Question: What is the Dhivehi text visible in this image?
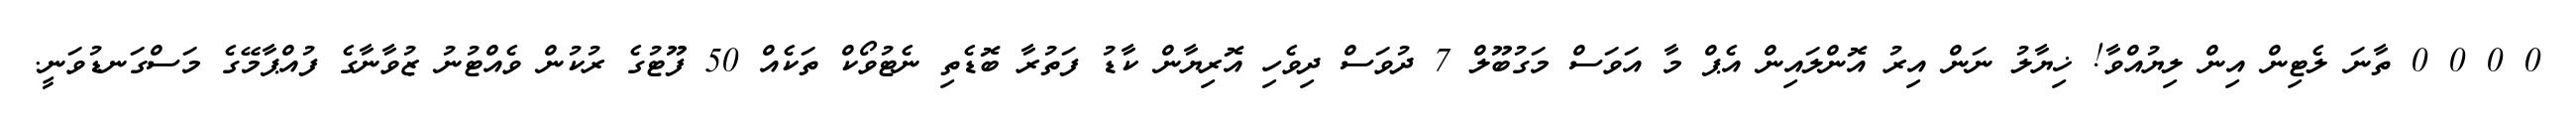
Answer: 0 0 0 0 ތާނަ ލެޓިން އިން ލިޔުއްވާ! ޚިޔާލު ނަން އިރު އޮންލައިން އެޕް މާ އަވަސް މަގުބޫލް 7 ދުވަސް ދިވެހި އޮރިޔާން ކާޑު ފަތުރާ ބޮޑެތި ނެޓުވޯކް ތަކެއް 50 ފޫޓުގެ ރުކުން ވެއްޓުނު ޒުވާނާގެ ފުއްޕާމޭގެ މަސްގަނޑުވަނީ.